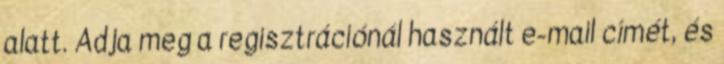
alatt. Adja meg a regisztrációnál használt e-mail címét, és